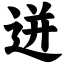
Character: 迸